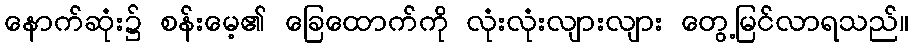
နောက်ဆုံး၌ စန်းမေ့၏ ခြေထောက်ကို လုံးလုံးလျားလျား တွေ့မြင်လာရသည်။